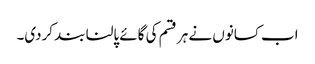
اب کسانوں نے ہر قسم کی گائے پالنا بند کردی۔